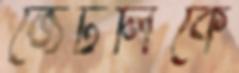
জেটলিকে